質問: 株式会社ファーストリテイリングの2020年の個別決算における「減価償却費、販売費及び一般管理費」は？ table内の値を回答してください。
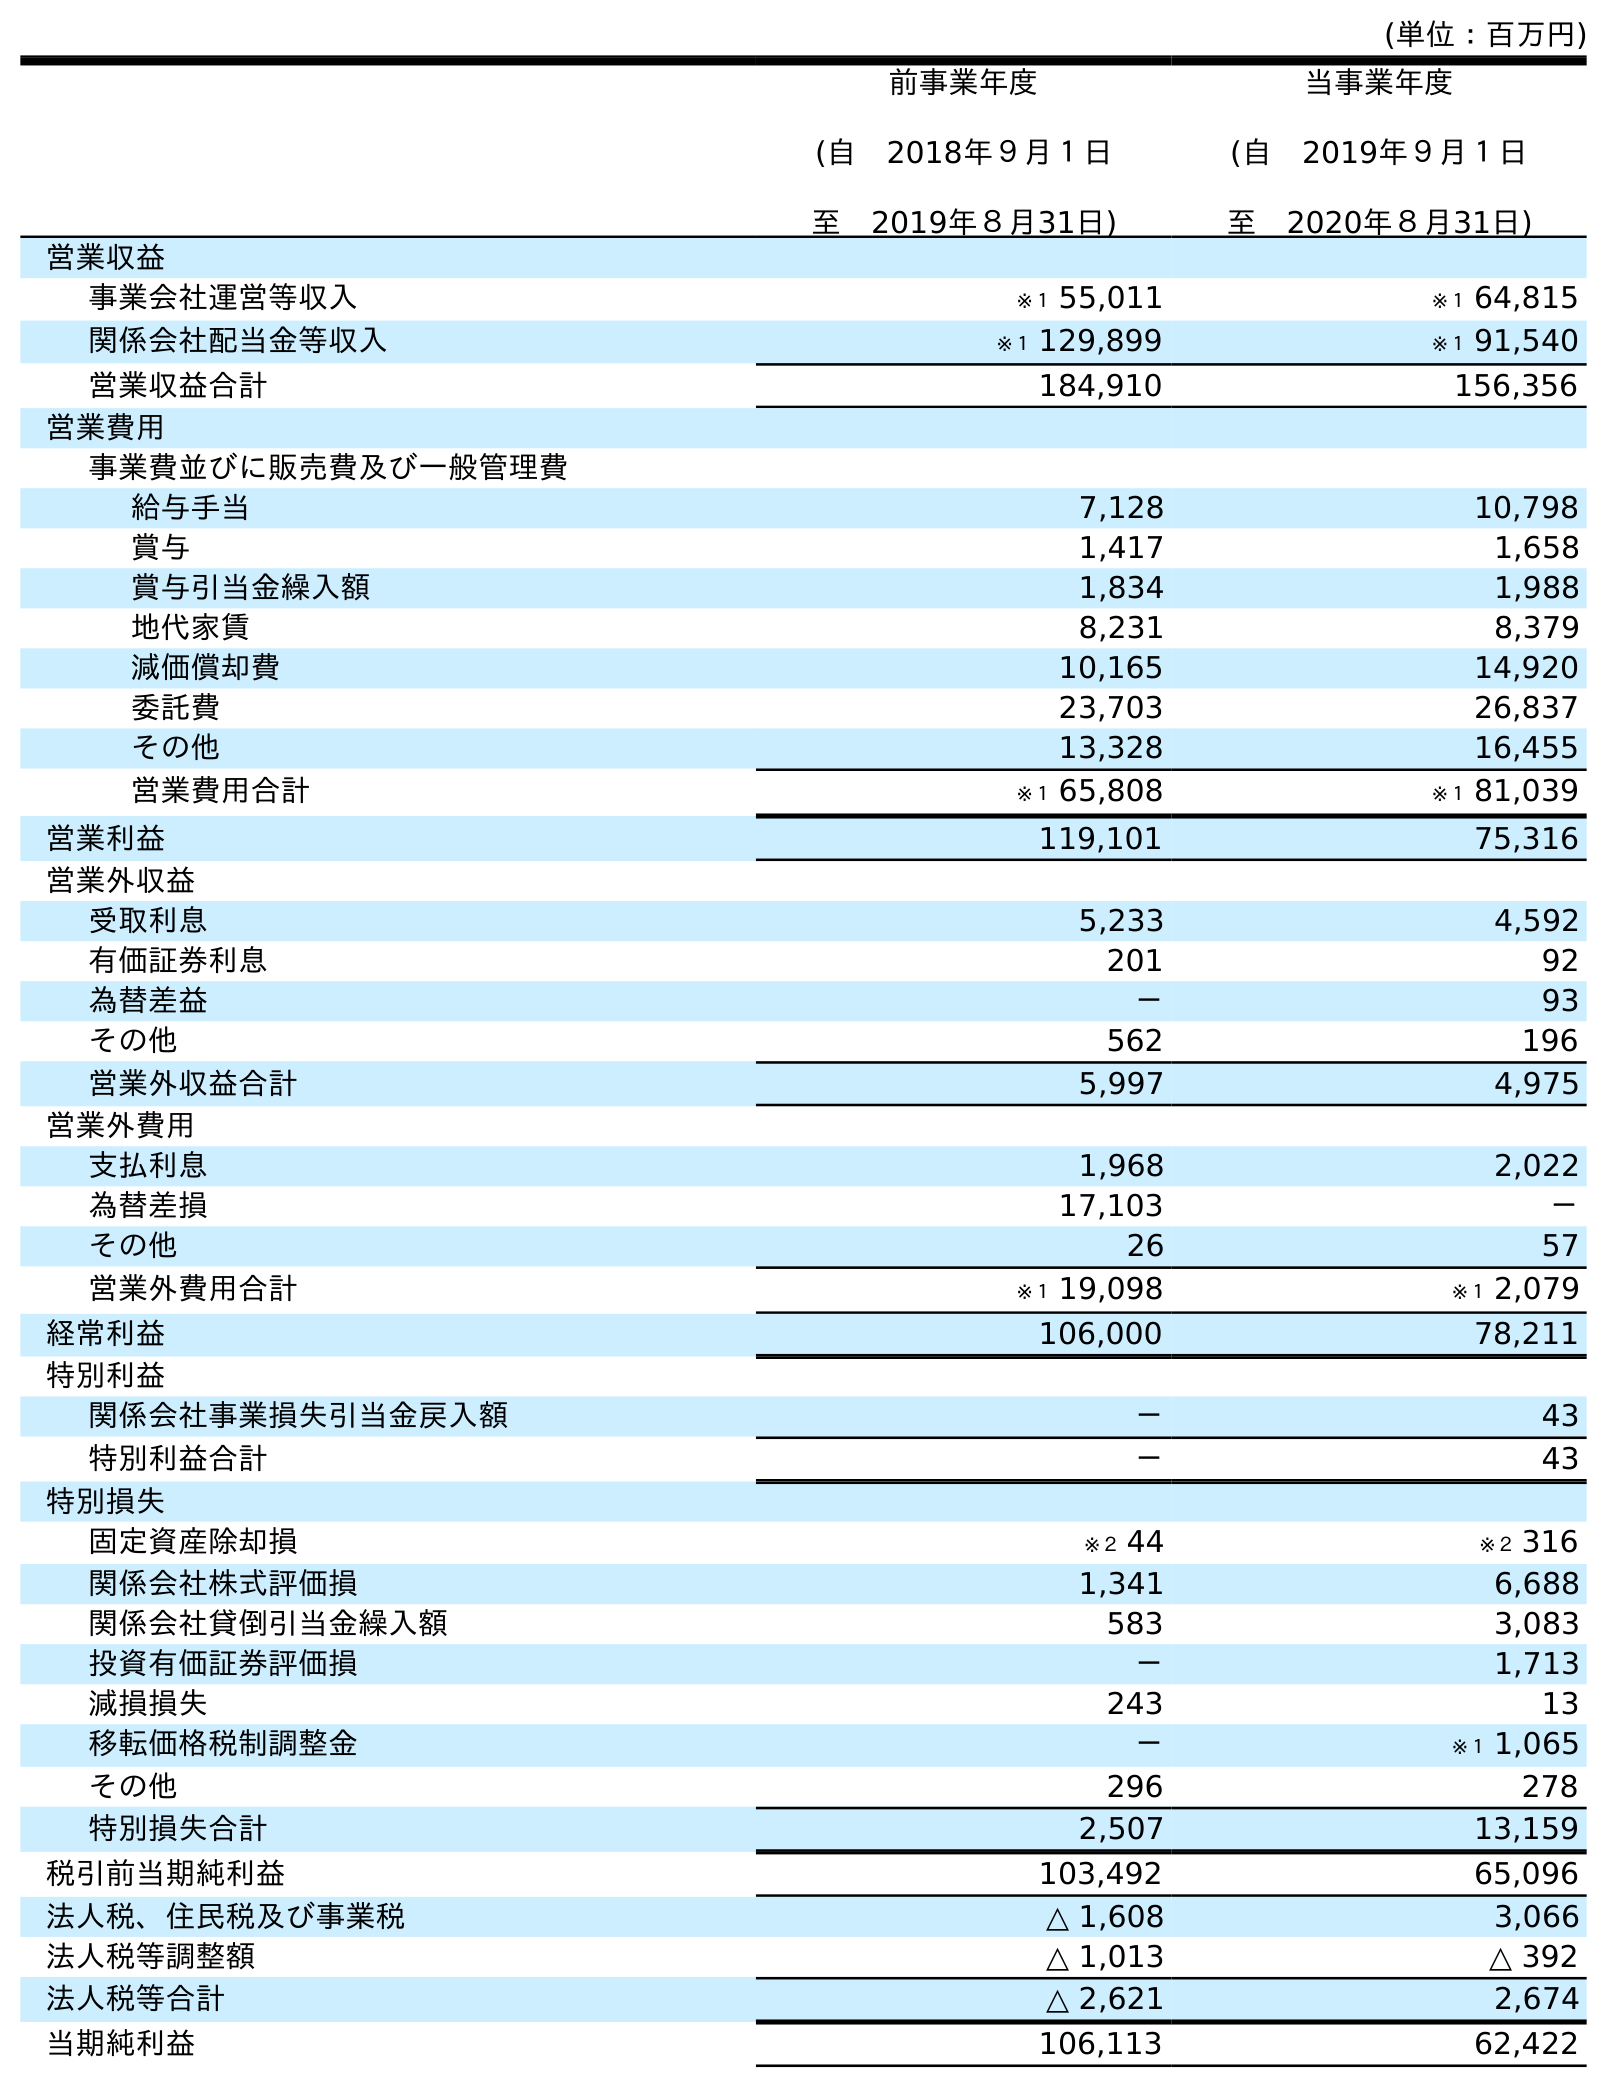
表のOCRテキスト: (単位：百万円) 前事業年度 (自 2018年９月１日 至 2019年８月31日) 当事業年度 (自 2019年９月１日 至 2020年８月31日) 営業収益 事業会社運営等収入 ※１ 55,011 ※１ 64,815 関係会社配当金等収入 ※１ 129,899 ※１ 91,540 営業収益合計 184,910 156,356 営業費用 事業費並びに販売費及び一般管理費 給与手当 7,128 10,798 賞与 1,417 1,658 賞与引当金繰入額 1,834 1,988 地代家賃 8,231 8,379 減価償却費 10,165 14,920 委託費 23,703 26,837 その他 13,328 16,455 営業費用合計 ※１ 65,808 ※１ 81,039 営業利益 119,101 75,316 営業外収益 受取利息 5,233 4,592 有価証券利息 201 92 為替差益 － 93 その他 562 196 営業外収益合計 5,997 4,975 営業外費用 支払利息 1,968 2,022 為替差損 17,103 － その他 26 57 営業外費用合計 ※１ 19,098 ※１ 2,079 経常利益 106,000 78,211 特別利益 関係会社事業損失引当金戻入額 － 43 特別利益合計 － 43 特別損失 固定資産除却損 ※２ 44 ※２ 316 関係会社株式評価損 1,341 6,688 関係会社貸倒引当金繰入額 583 3,083 投資有価証券評価損 － 1,713 減損損失 243 13 移転価格税制調整金 － ※１ 1,065 その他 296 278 特別損失合計 2,507 13,159 税引前当期純利益 103,492 65,096 法人税、住民税及び事業税 △ 1,608 3,066 法人税等調整額 △ 1,013 △ 392 法人税等合計 △ 2,621 2,674 当期純利益 106,113 62,422
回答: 14,920